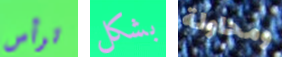
ترأس بشكل ومحاولة